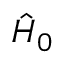
\hat { H } _ { 0 }